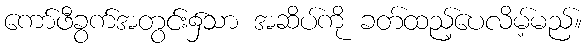
ကော်ဖီခွက်အတွင်း၌သာ အဆိပ်ကို ခတ်ထည့်ပေလိမ့်မည်။